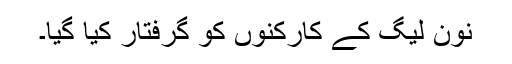
نون لیگ کے کارکنوں کو گرفتار کیا گیا۔